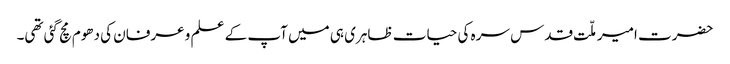
حضرت امیر ملّت قدس سرہ کی حیات ظاہری ہی میں آپ کے علم و عرفان کی دھوم مچ گئی تھی۔